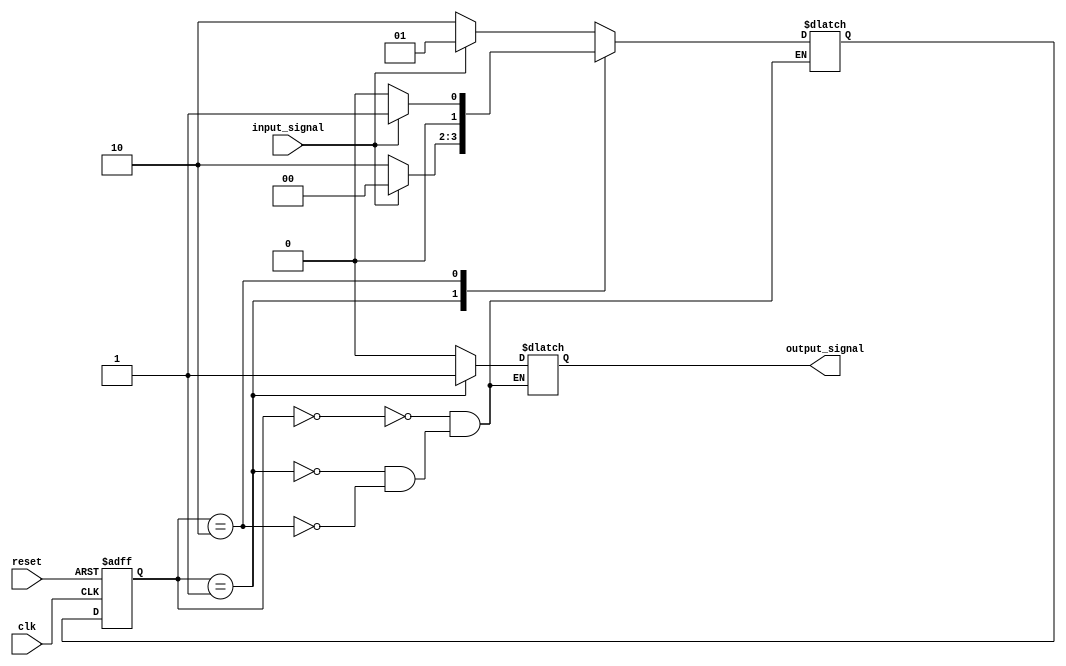
module state_machine (
    input wire clk,         //clock input
    input wire reset,       //reset input
    input wire input_signal,//input signal
    
    output wire output_signal //output signal
);

//define state encoding
parameter STATE_A = 2'b00;   //state A
parameter STATE_B = 2'b01;   //state B
parameter STATE_C = 2'b10;   //state C

reg [1:0] current_state, next_state;

always @(posedge clk or posedge reset) begin
    if (reset) begin
        current_state <= STATE_A;
    end else begin
        current_state <= next_state;
    end
end

//state machine logic
always @(*) begin
    case (current_state)
        STATE_A: begin
            if (input_signal) begin
                next_state = STATE_B;
            end else begin
                next_state = STATE_C;
            end
        end
        
        STATE_B: begin
            if (input_signal) begin
                next_state = STATE_A;
            end else begin
                next_state = STATE_C;
            end
        end
        
        STATE_C: begin
            if (input_signal) begin
                next_state = STATE_B;
            end else begin
                next_state = STATE_A;
            end
        end
    endcase
end

//output logic
always @(*) begin
    case (current_state)
        STATE_A: begin
            output_signal = 1'b0; //output based on state A
        end
        
        STATE_B: begin
            output_signal = 1'b1; //output based on state B
        end
        
        STATE_C: begin
            output_signal = 1'b0; //output based on state C
        end
    endcase
end

endmodule